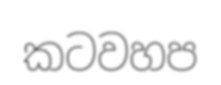
කටවහප